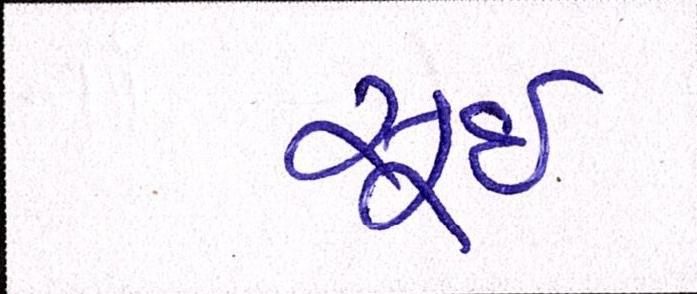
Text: સૂઈ